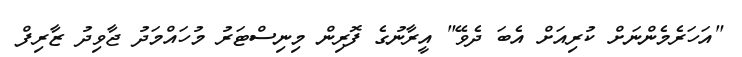
"އަހަރެމެންނަށް ކުރިއަށް އެބަ ދެވޭ" އީރާނުގެ ފޮރިން މިނިސްޓަރު މުހައްމަދު ޖާވިދު ޒާރިފް